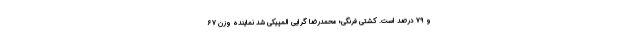
و ۷۹ درصد است. کشتی فرنگی؛ محمدرضا گرایی المپیکی شد نماینده وزن ۶۷